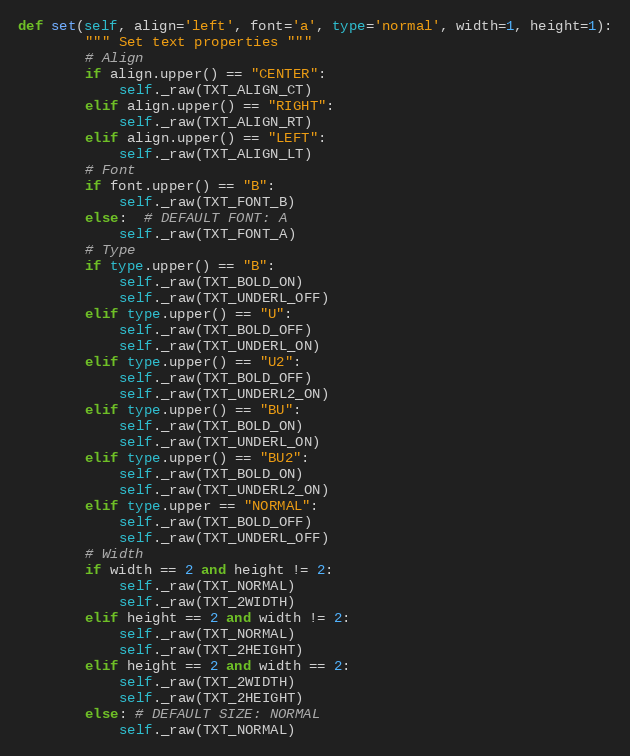
Language: Python
def set(self, align='left', font='a', type='normal', width=1, height=1):
        """ Set text properties """
        # Align
        if align.upper() == "CENTER":
            self._raw(TXT_ALIGN_CT)
        elif align.upper() == "RIGHT":
            self._raw(TXT_ALIGN_RT)
        elif align.upper() == "LEFT":
            self._raw(TXT_ALIGN_LT)
        # Font
        if font.upper() == "B":
            self._raw(TXT_FONT_B)
        else:  # DEFAULT FONT: A
            self._raw(TXT_FONT_A)
        # Type
        if type.upper() == "B":
            self._raw(TXT_BOLD_ON)
            self._raw(TXT_UNDERL_OFF)
        elif type.upper() == "U":
            self._raw(TXT_BOLD_OFF)
            self._raw(TXT_UNDERL_ON)
        elif type.upper() == "U2":
            self._raw(TXT_BOLD_OFF)
            self._raw(TXT_UNDERL2_ON)
        elif type.upper() == "BU":
            self._raw(TXT_BOLD_ON)
            self._raw(TXT_UNDERL_ON)
        elif type.upper() == "BU2":
            self._raw(TXT_BOLD_ON)
            self._raw(TXT_UNDERL2_ON)
        elif type.upper == "NORMAL":
            self._raw(TXT_BOLD_OFF)
            self._raw(TXT_UNDERL_OFF)
        # Width
        if width == 2 and height != 2:
            self._raw(TXT_NORMAL)
            self._raw(TXT_2WIDTH)
        elif height == 2 and width != 2:
            self._raw(TXT_NORMAL)
            self._raw(TXT_2HEIGHT)
        elif height == 2 and width == 2:
            self._raw(TXT_2WIDTH)
            self._raw(TXT_2HEIGHT)
        else: # DEFAULT SIZE: NORMAL
            self._raw(TXT_NORMAL)